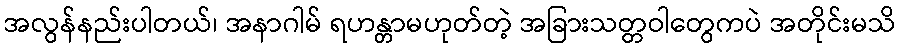
အလွန်နည်းပါတယ်၊ အနာဂါမ် ရဟန္တာမဟုတ်တဲ့ အခြားသတ္တဝါတွေကပဲ အတိုင်းမသိ